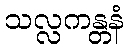
သလ္လကန္တနံ